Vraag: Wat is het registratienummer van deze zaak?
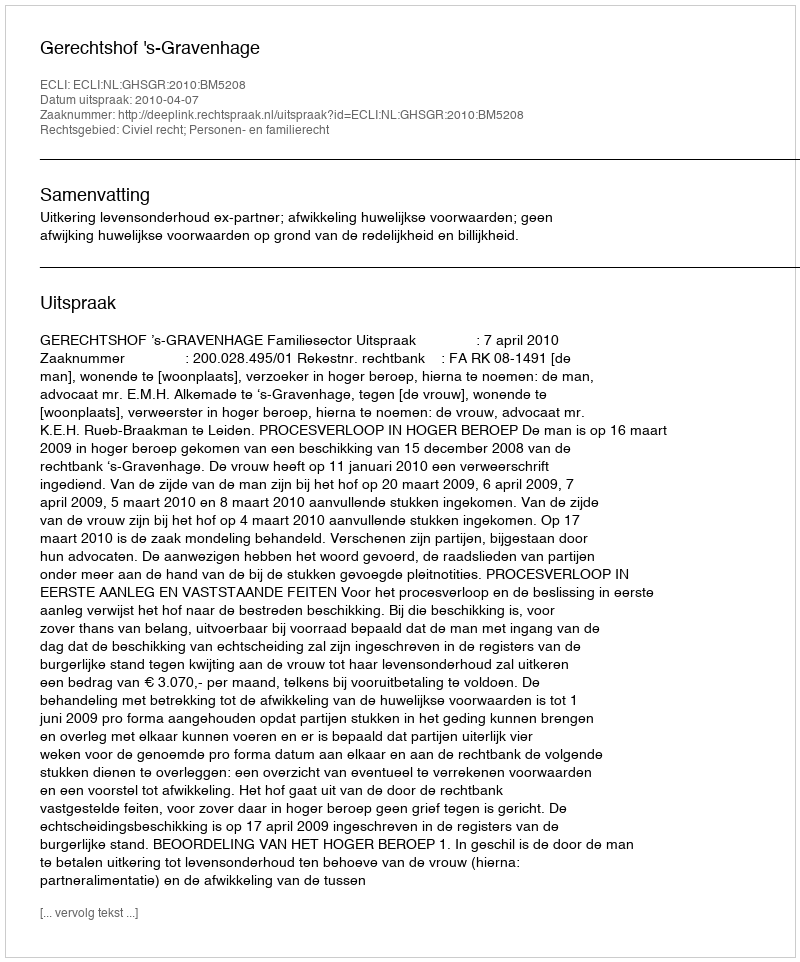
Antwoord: http://deeplink.rechtspraak.nl/uitspraak?id=ECLI:NL:GHSGR:2010:BM5208